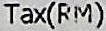
TAX(RM)